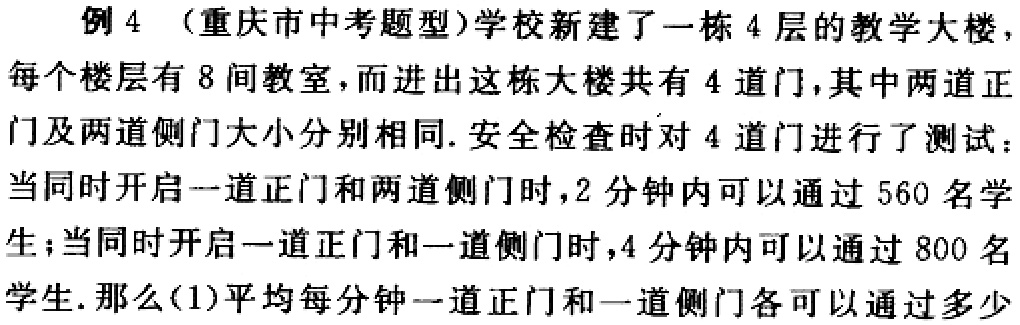
例 4 （重庆市中考题型）学校新建了一栋 4 层的教学大楼，每个楼层有 8 间教室，而进出这栋大楼共有 4 道门，其中两道正门及两道侧门大小分别相同. 安全检查时对 4 道门进行了测试：当同时开启一道正门和两道侧门时，2 分钟内可以通过 560 名学生；当同时开启一道正门和一道侧门时，4 分钟内可以通过 800 名学生. 那么(1)平均每分钟一道正门和一道侧门各可以通过多少